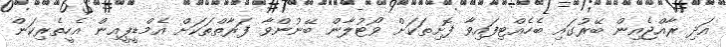
އަދި ރާއްޖެއިން ބޭރުގައި ބެހެއްޓިފައިވާ ފޮށިތަކަށް ވޯޓުލާން ބޭނުންވާ ފަރާތްތަކަށް އެމްޑީޕީއިން އެހީތެރިކަން